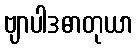
ဗျာပါဒဓာတုယာ